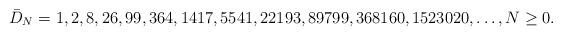
LaTeX: \begin{align*}\bar D_N = 1, 2, 8, 26, 99, 364, 1417, 5541, 22193, 89799, 368160, 1523020,\ldots, N\ge 0.\end{align*}